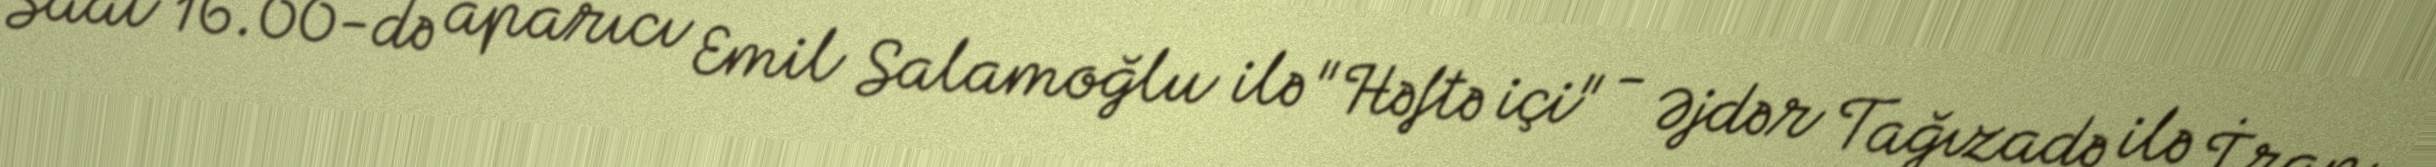
Saat 16.00-də aparıcı Emil Salamoğlu ilə "Həftə içi" - Əjdər Tağızadə ilə İran